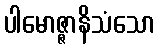
ပါမောဇ္ဇာနိသံသော